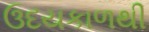
ઉદયકાળથી